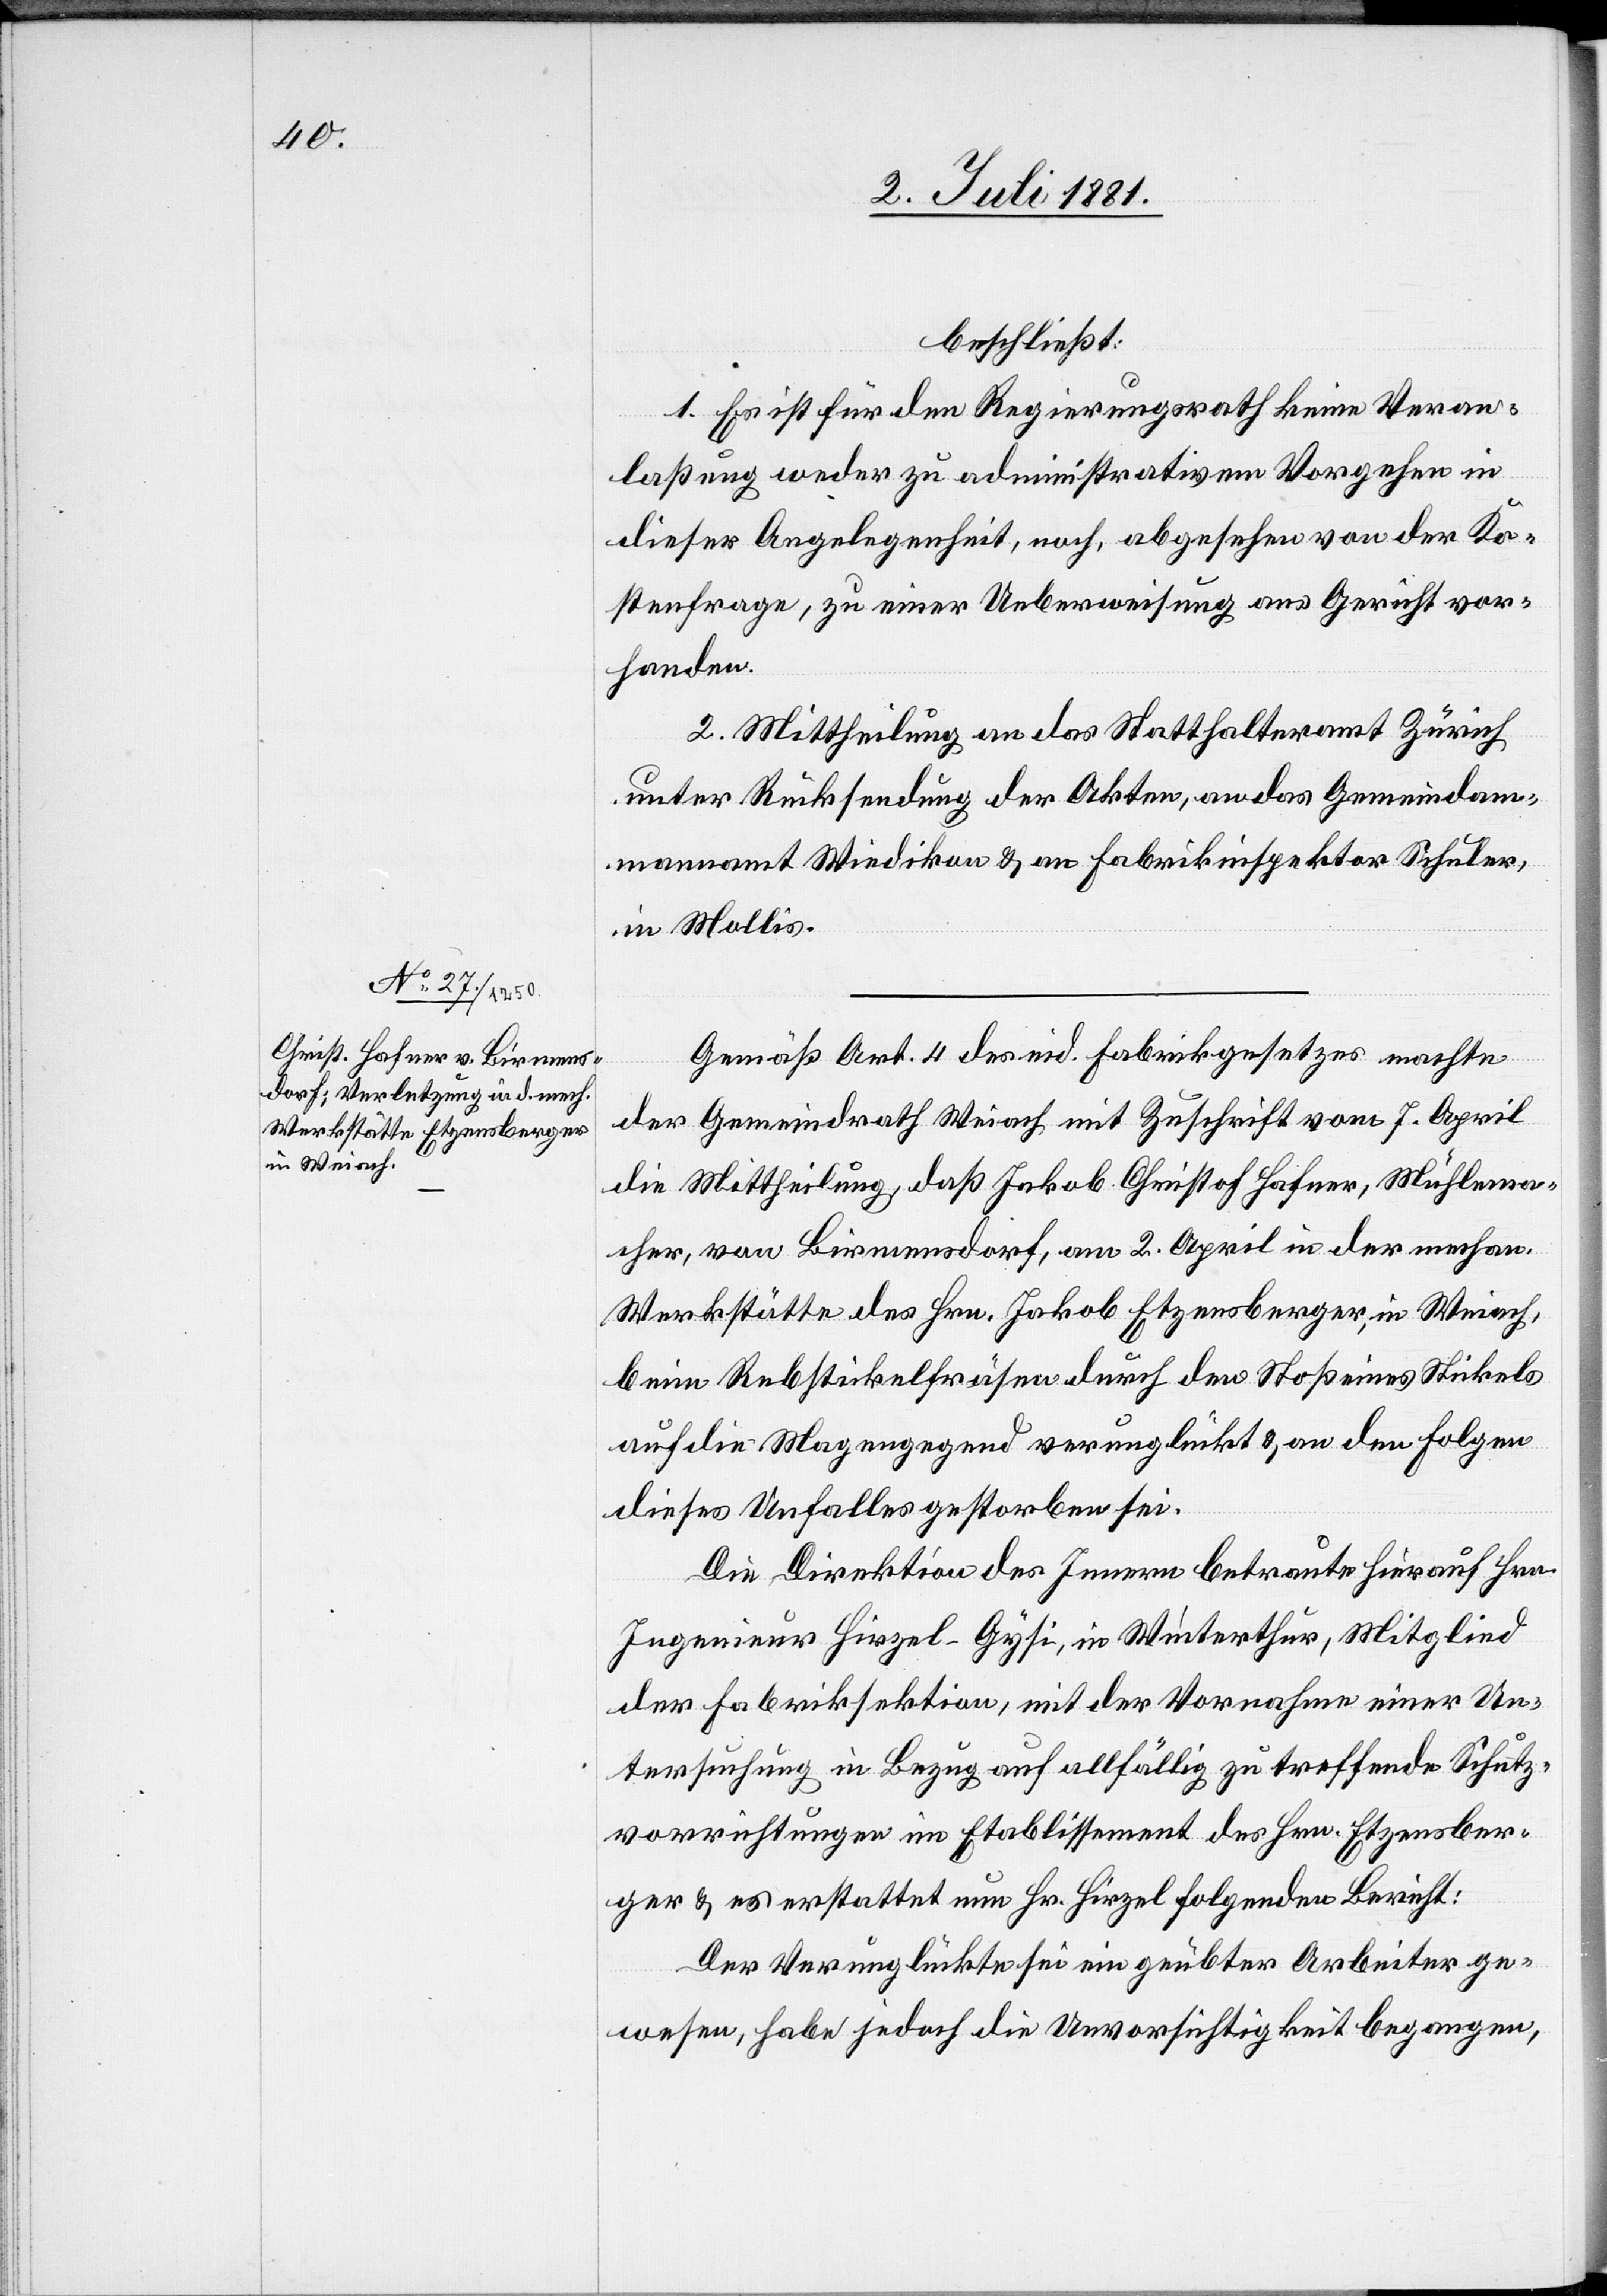
beschließt:
1. Es ist für den Regierungsrath keine Veran¬
laßung weder zu administrativem Vorgehen in
dieser Angelegenheit, noch, abgesehen von der Ko¬
stenfrage, zu einer Ueberweisung ans Gericht vor¬
handen.
2. Mittheilung an das Statthalteramt Zürich
unter Rücksendung der Akten, an das Gemeindam¬
mannamt Wiedikon & an Fabrikinspektor Schuler,
in Mollis.
Gemäß Art. 4 des eid. Fabrikgesetzes machte
der Gemeindrath Weiach mit Zuschrift vom 7. April
die Mittheilung, daß Jakob Christof Hafner, Mühlema¬
cher, von Birmersdorf, am 2. April in der mechan.
Werkstätte des Hrn. Jakob Etzensberger, in Weiach,
beim Rebstickelfräsen durch den Stoß eines Stickels
auf die Magengegend verunglückt & an den Folgen
dieses Unfalles gestorben sei.
Die Direktion des Innern betraute hierauf Hrn.
Ingenieur Hirzel-Gysi, in Winterthur, Mitglied
der Fabriksektion, mit der Vornahme einer Un¬
tersuchung in Bezug auf allfällig zu treffende Schutz¬
vorrichtungen im Etablissement des Hrn. Etzensber¬
ger & es erstattet nun Hr. Hirzel folgenden Bericht:
Der Verunglückte sei ein geübter Arbeiter ge¬
wesen, habe jedoch die Unvorsichtigkeit begangen,